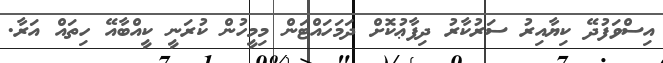
އިސްވަފުދޭ ކިޔާއިރު ސަރުކާރު ދިފާޢުކޮށް ދަމަހައްޓަން މިމީހުން ކުރަނީ ކީއްބާއޭ ހިތައް އަރާ.